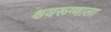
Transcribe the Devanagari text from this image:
क्षयरूग्णाला